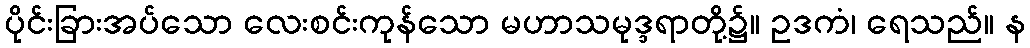
ပိုင်းခြားအပ်သော လေးစင်းကုန်သော မဟာသမုဒ္ဒရာတို့၌။ ဥဒကံ၊ ရေသည်။ န